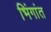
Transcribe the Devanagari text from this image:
भिंगांत